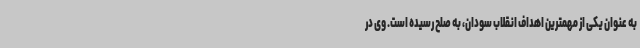
به عنوان یکی از مهمترین اهداف انقلاب سودان، به صلح رسیده است. وی در